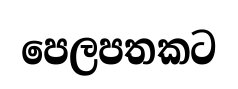
පෙලපතකට